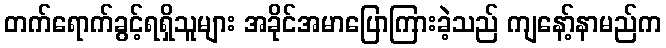
တက်ရောက်ခွင့်ရရှိသူများ အခိုင်အမာပြောကြားခဲ့သည် ကျနော့်နာမည်က